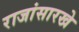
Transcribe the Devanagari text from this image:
राजांसारखे